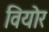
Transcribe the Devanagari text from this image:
वियोर